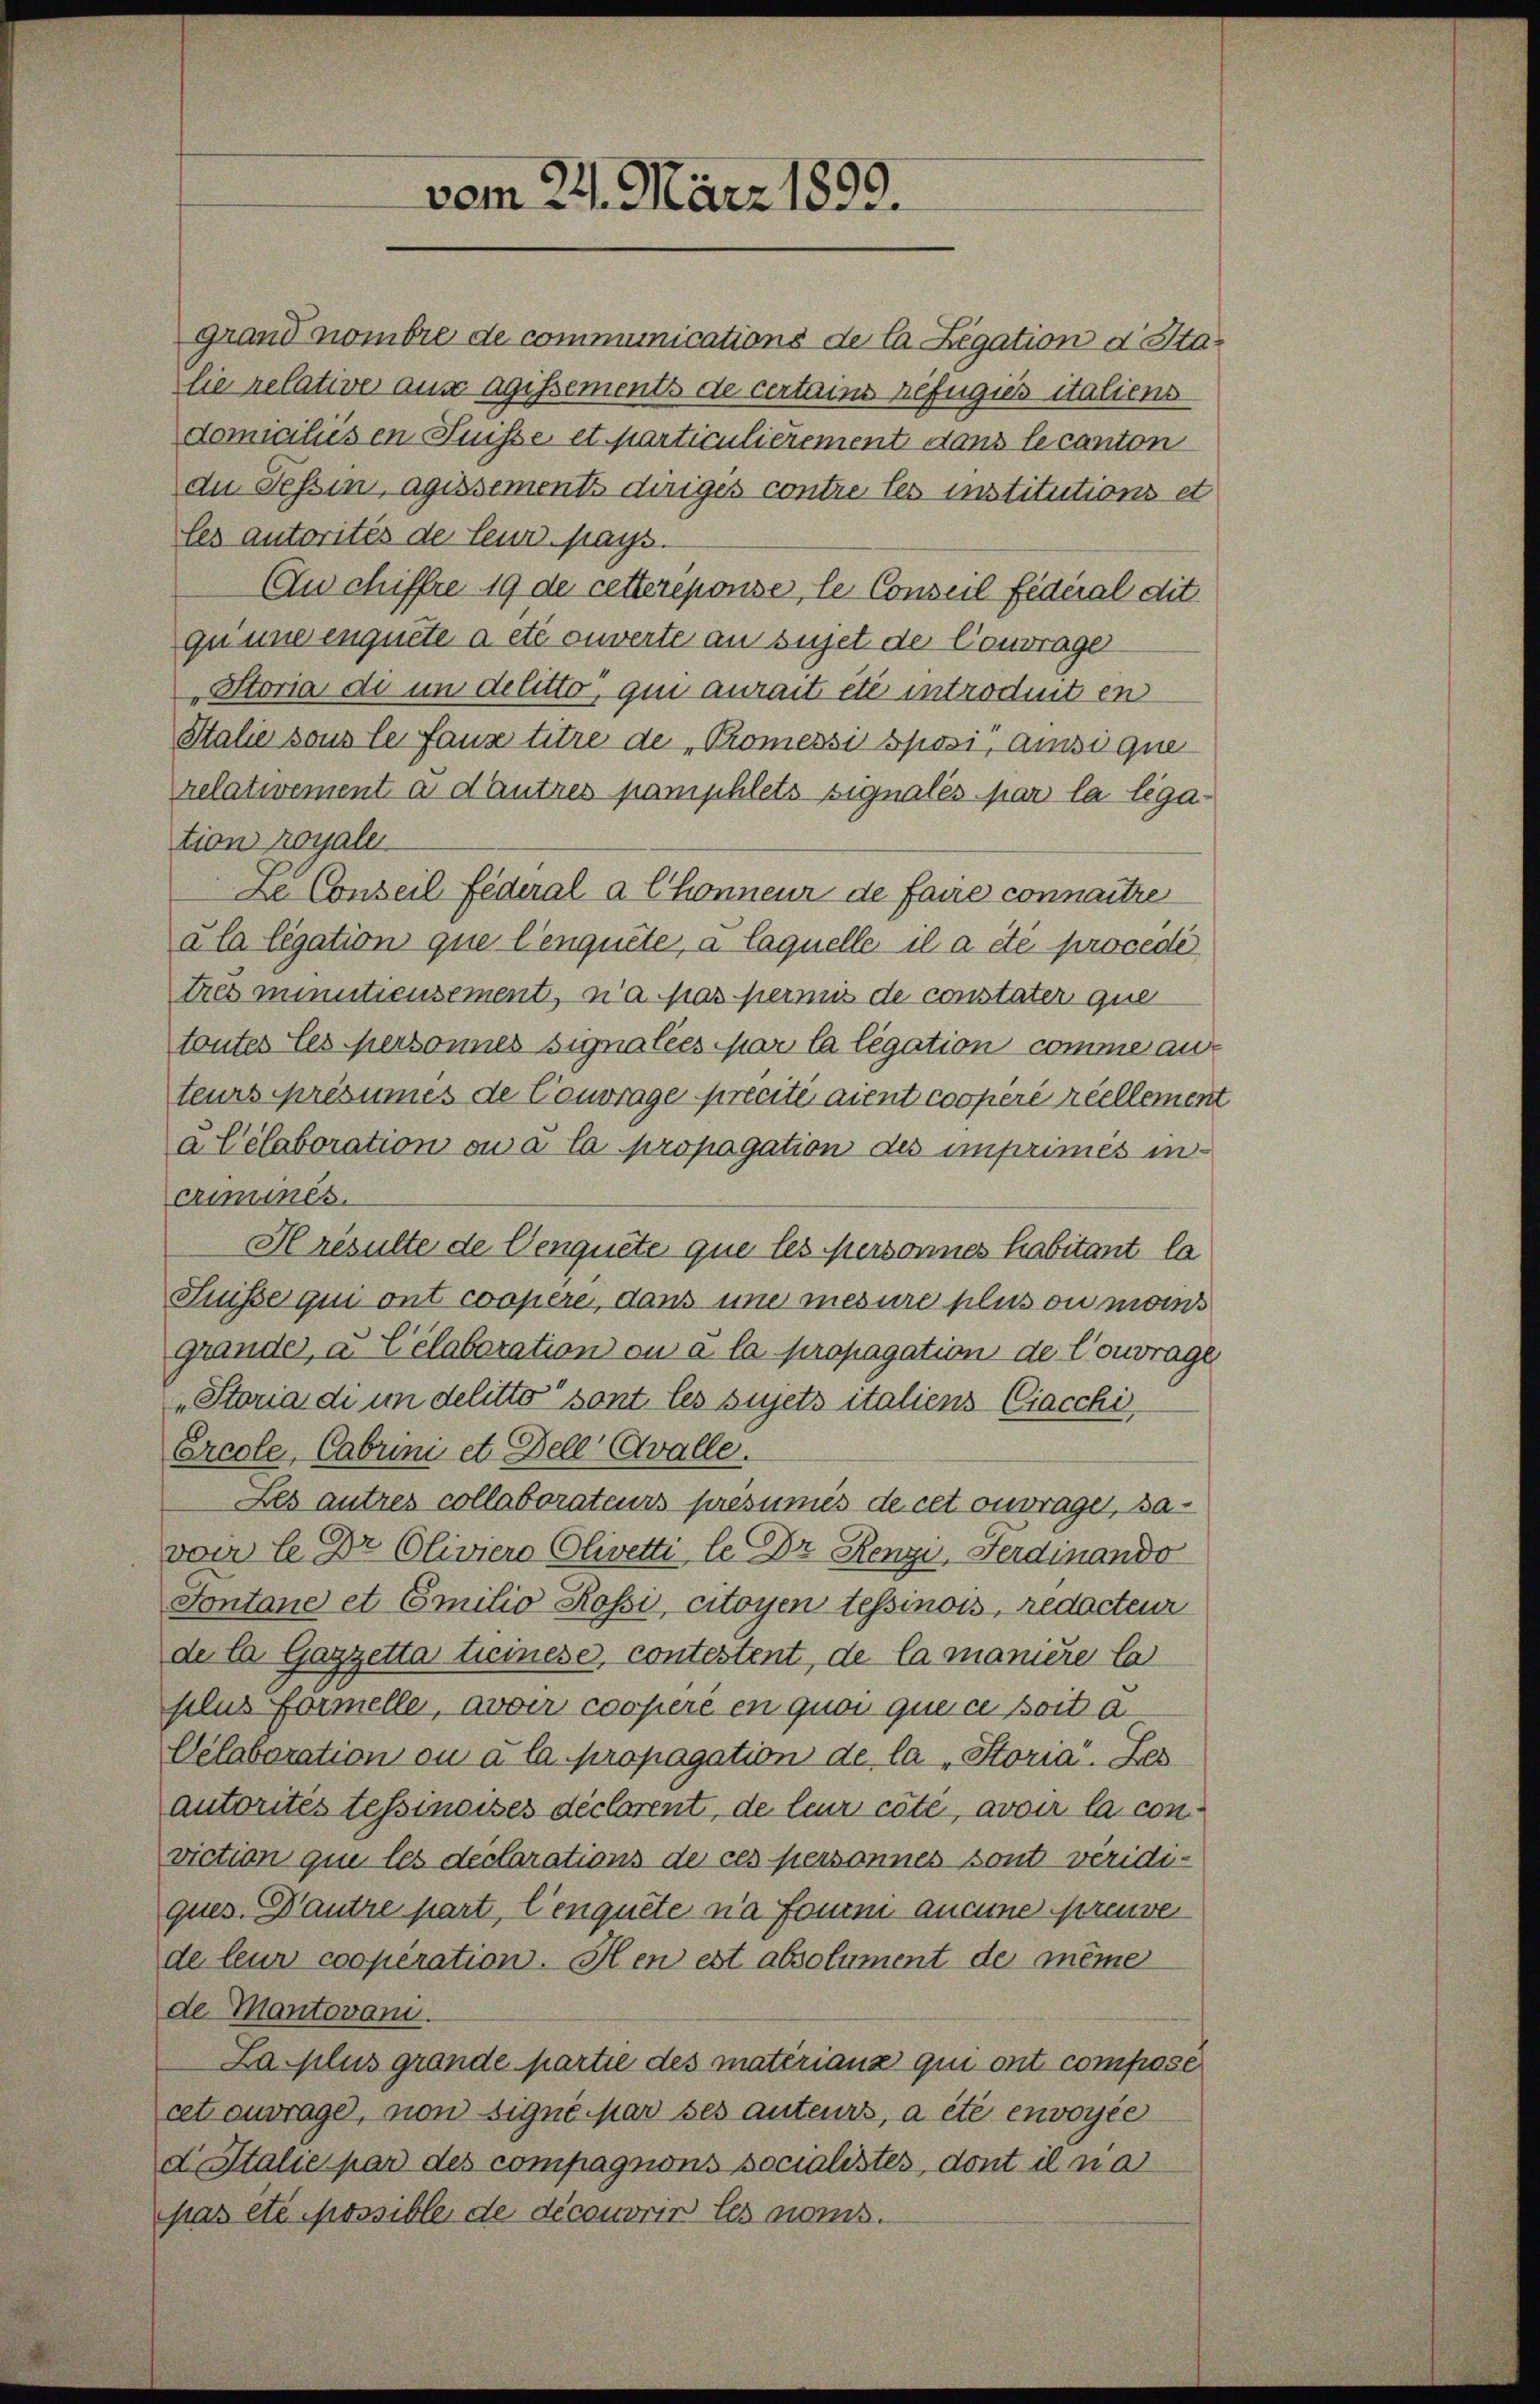
vom 24. März 1899.

domicilus en Füsse et particulierement dans le canton
du Tessin, agissements diriges contre les institutions et
les autorités de leur pays.
Cu chiffre 19 de cetterepouse, le Conseil fédéral dit.
qu une enquete a été ouverte an sujet de Contrage
Storia di in delitto, qui aurait été introduiten
Italie sous le fause titre de „Promessi sposi, Amsique
relativement a d’autres pamphlets signales par la legation royaler
De Conseil Federal à Chonneur de faire connaitre
ala legation que l’enquête, à laquelle il a été procede
tres minutieusement, n’a pas permis de constater que
toutes les personnes signalées par la légation comme au
teurs présumes de Couvrage precite aient coopere réellement
a Célaboration ou à la propagation des imprimés in-
criminés.
Hresulte de Cenquete que les personnes habitant la
Fuisse qui ont coopere, dans une mesure plus ou moins
grandes, a Célaboration ou à la propagation de Contrage
„Staria di in delitto sont les sujets italiens Ciacchi,
Ercole, Cabrini et Dell Avalle.
Les autres collaborateurs présumés de cet ouvrage, davon Le Dr. Oliviers Olivetti le Dr. Renzi, Ferdinando
Fontane et Emilio Rossi, citoyen tessinois, redacteur
de la Gazzetta treinese, contestent, de la manière la
slus formelle, avoir coopere en quos que ce soit a
Velobaration ou à la propagation de la Storia. Des
autorités tessineises déclarent, de leur cité, avoir la conviction qui les declarations de ces personnes sont weridiques. Dautre part, lenquete na form aucune preuve
de leur cooperation. Hen est absolument de même
de Montovani.
La plus grande partie des matériana qui ont composé
cet ouvrage, non signé par ses anteurs, a été envoyée
dItalie par des compagnons socialistes, dont il na
pas été chossible de découvrir les noms.

grand nombre de communications de la Legation d. Stalie relative aus agissements de certains Befugies italiens